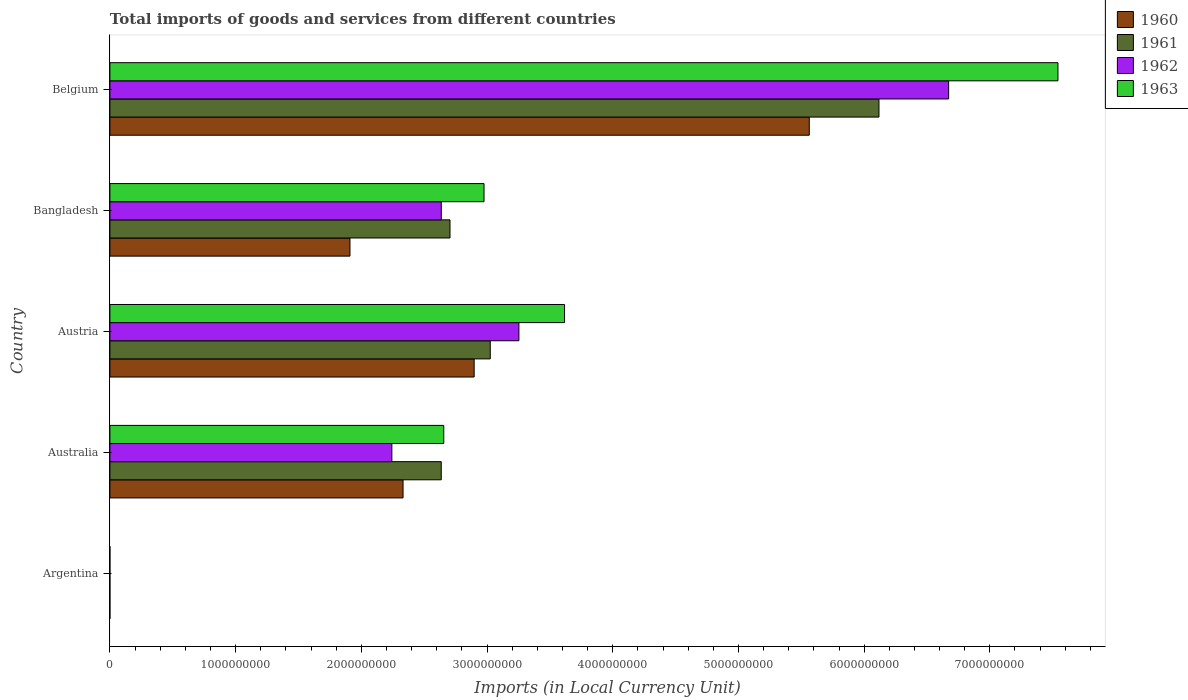
| Country | 1960 | 1961 | 1962 | 1963 |
 | --- | --- | --- | --- | --- |
 | Argentina | 0.01 | 0.01 | 0.02 | 0.02 |
 | Australia | 2.33e+09 | 2.64e+09 | 2.24e+09 | 2.66e+09 |
 | Austria | 2.9e+09 | 3.03e+09 | 3.25e+09 | 3.62e+09 |
 | Bangladesh | 1.91e+09 | 2.71e+09 | 2.64e+09 | 2.98e+09 |
 | Belgium | 5.56e+09 | 6.12e+09 | 6.67e+09 | 7.54e+09 |